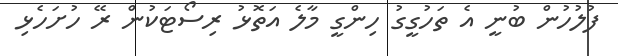
ފުލުހުން ބުނީ އެ ތަހުގީގު ހިންގީ މާލެ އަތޮޅު ރިސޯޓަކުން ރޭ ހުށަހެޅި